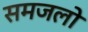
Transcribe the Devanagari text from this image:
समजलो